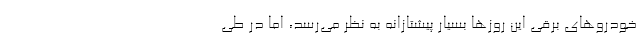
خودروهای برقی این روزها بسیار پیشتازانه به نظر می‌رسد، اما در طی